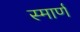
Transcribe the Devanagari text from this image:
स्मार्ण